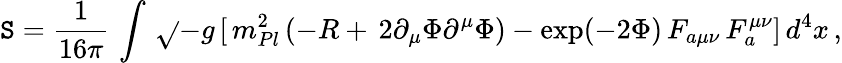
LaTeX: \mathtt{S}=\frac{{1}}{{16\pi}}\, \int\, \sqrt{}{{-g}}\, [\, m_{Pl}^{2}\, (-R+\, 2\partial_{\mu}\Phi\partial^{\mu}\Phi)-\exp(-2\Phi)\, F_{a\mu\nu}\, F_{a}^{\mu\nu}]\, d^{4}x\, ,